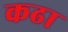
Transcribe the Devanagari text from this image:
कढा